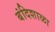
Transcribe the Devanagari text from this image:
बंदिशाळा